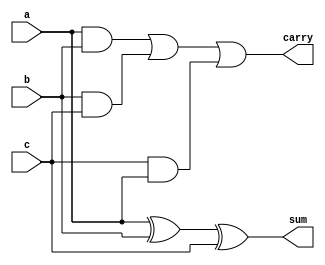
module fulladder(sum,carry,a,b,c);
	input a,b,c;
	output sum,carry;
	
	wire x,y,z;
	
	xor a1(sum,a,b,c); //sum
	and a2(x,a,b);
	and a3(y,b,c);
	and a4(z,c,a);
	or a5(carry,x,y,z);
	
endmodule